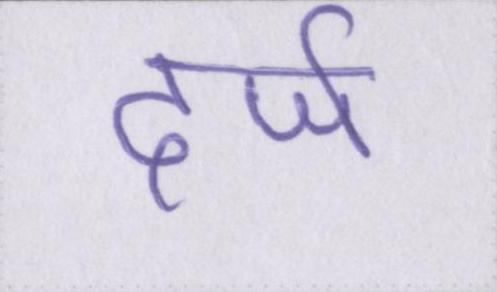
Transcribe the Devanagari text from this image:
दर्ज